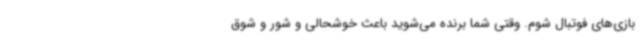
بازی‌های فوتبال شوم. وقتی شما برنده می‌شوید باعث خوشحالی و شور و شوق